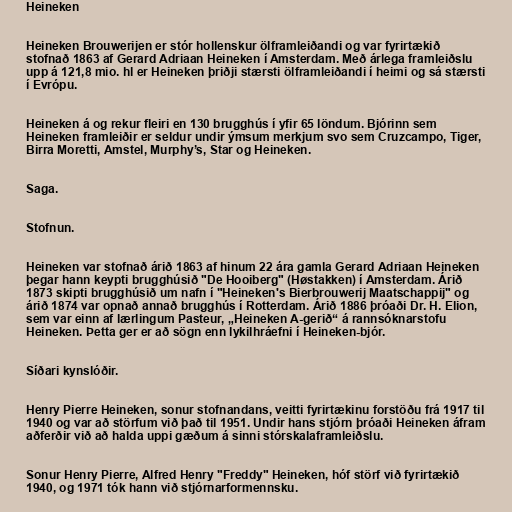
Heineken

Heineken Brouwerijen er stór hollenskur ölframleiðandi og var fyrirtækið
stofnað 1863 af Gerard Adriaan Heineken í Amsterdam. Með árlega framleiðslu
upp á 121,8 mio. hl er Heineken þriðji stærsti ölframleiðandi í heimi og sá stærsti
í Evrópu.

Heineken á og rekur fleiri en 130 brugghús í yfir 65 löndum. Bjórinn sem
Heineken framleiðir er seldur undir ýmsum merkjum svo sem Cruzcampo, Tiger,
Birra Moretti, Amstel, Murphy’s, Star og Heineken.

Saga.

Stofnun.

Heineken var stofnað árið 1863 af hinum 22 ára gamla Gerard Adriaan Heineken
þegar hann keypti brugghúsið "De Hooiberg" (Høstakken) í Amsterdam. Árið
1873 skipti brugghúsið um nafn í "Heineken's Bierbrouwerij Maatschappij" og
árið 1874 var opnað annað brugghús í Rotterdam. Árið 1886 þróaði Dr. H. Elion,
sem var einn af lærlingum Pasteur, „Heineken A-gerið“ á rannsóknarstofu
Heineken. Þetta ger er að sögn enn lykilhráefni í Heineken-bjór.

Síðari kynslóðir.

Henry Pierre Heineken, sonur stofnandans, veitti fyrirtækinu forstöðu frá 1917 til
1940 og var að störfum við það til 1951. Undir hans stjórn þróaði Heineken áfram
aðferðir við að halda uppi gæðum á sinni stórskalaframleiðslu.

Sonur Henry Pierre, Alfred Henry "Freddy" Heineken, hóf störf við fyrirtækið
1940, og 1971 tók hann við stjórnarformennsku.